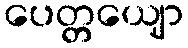
ပေတ္တယျော